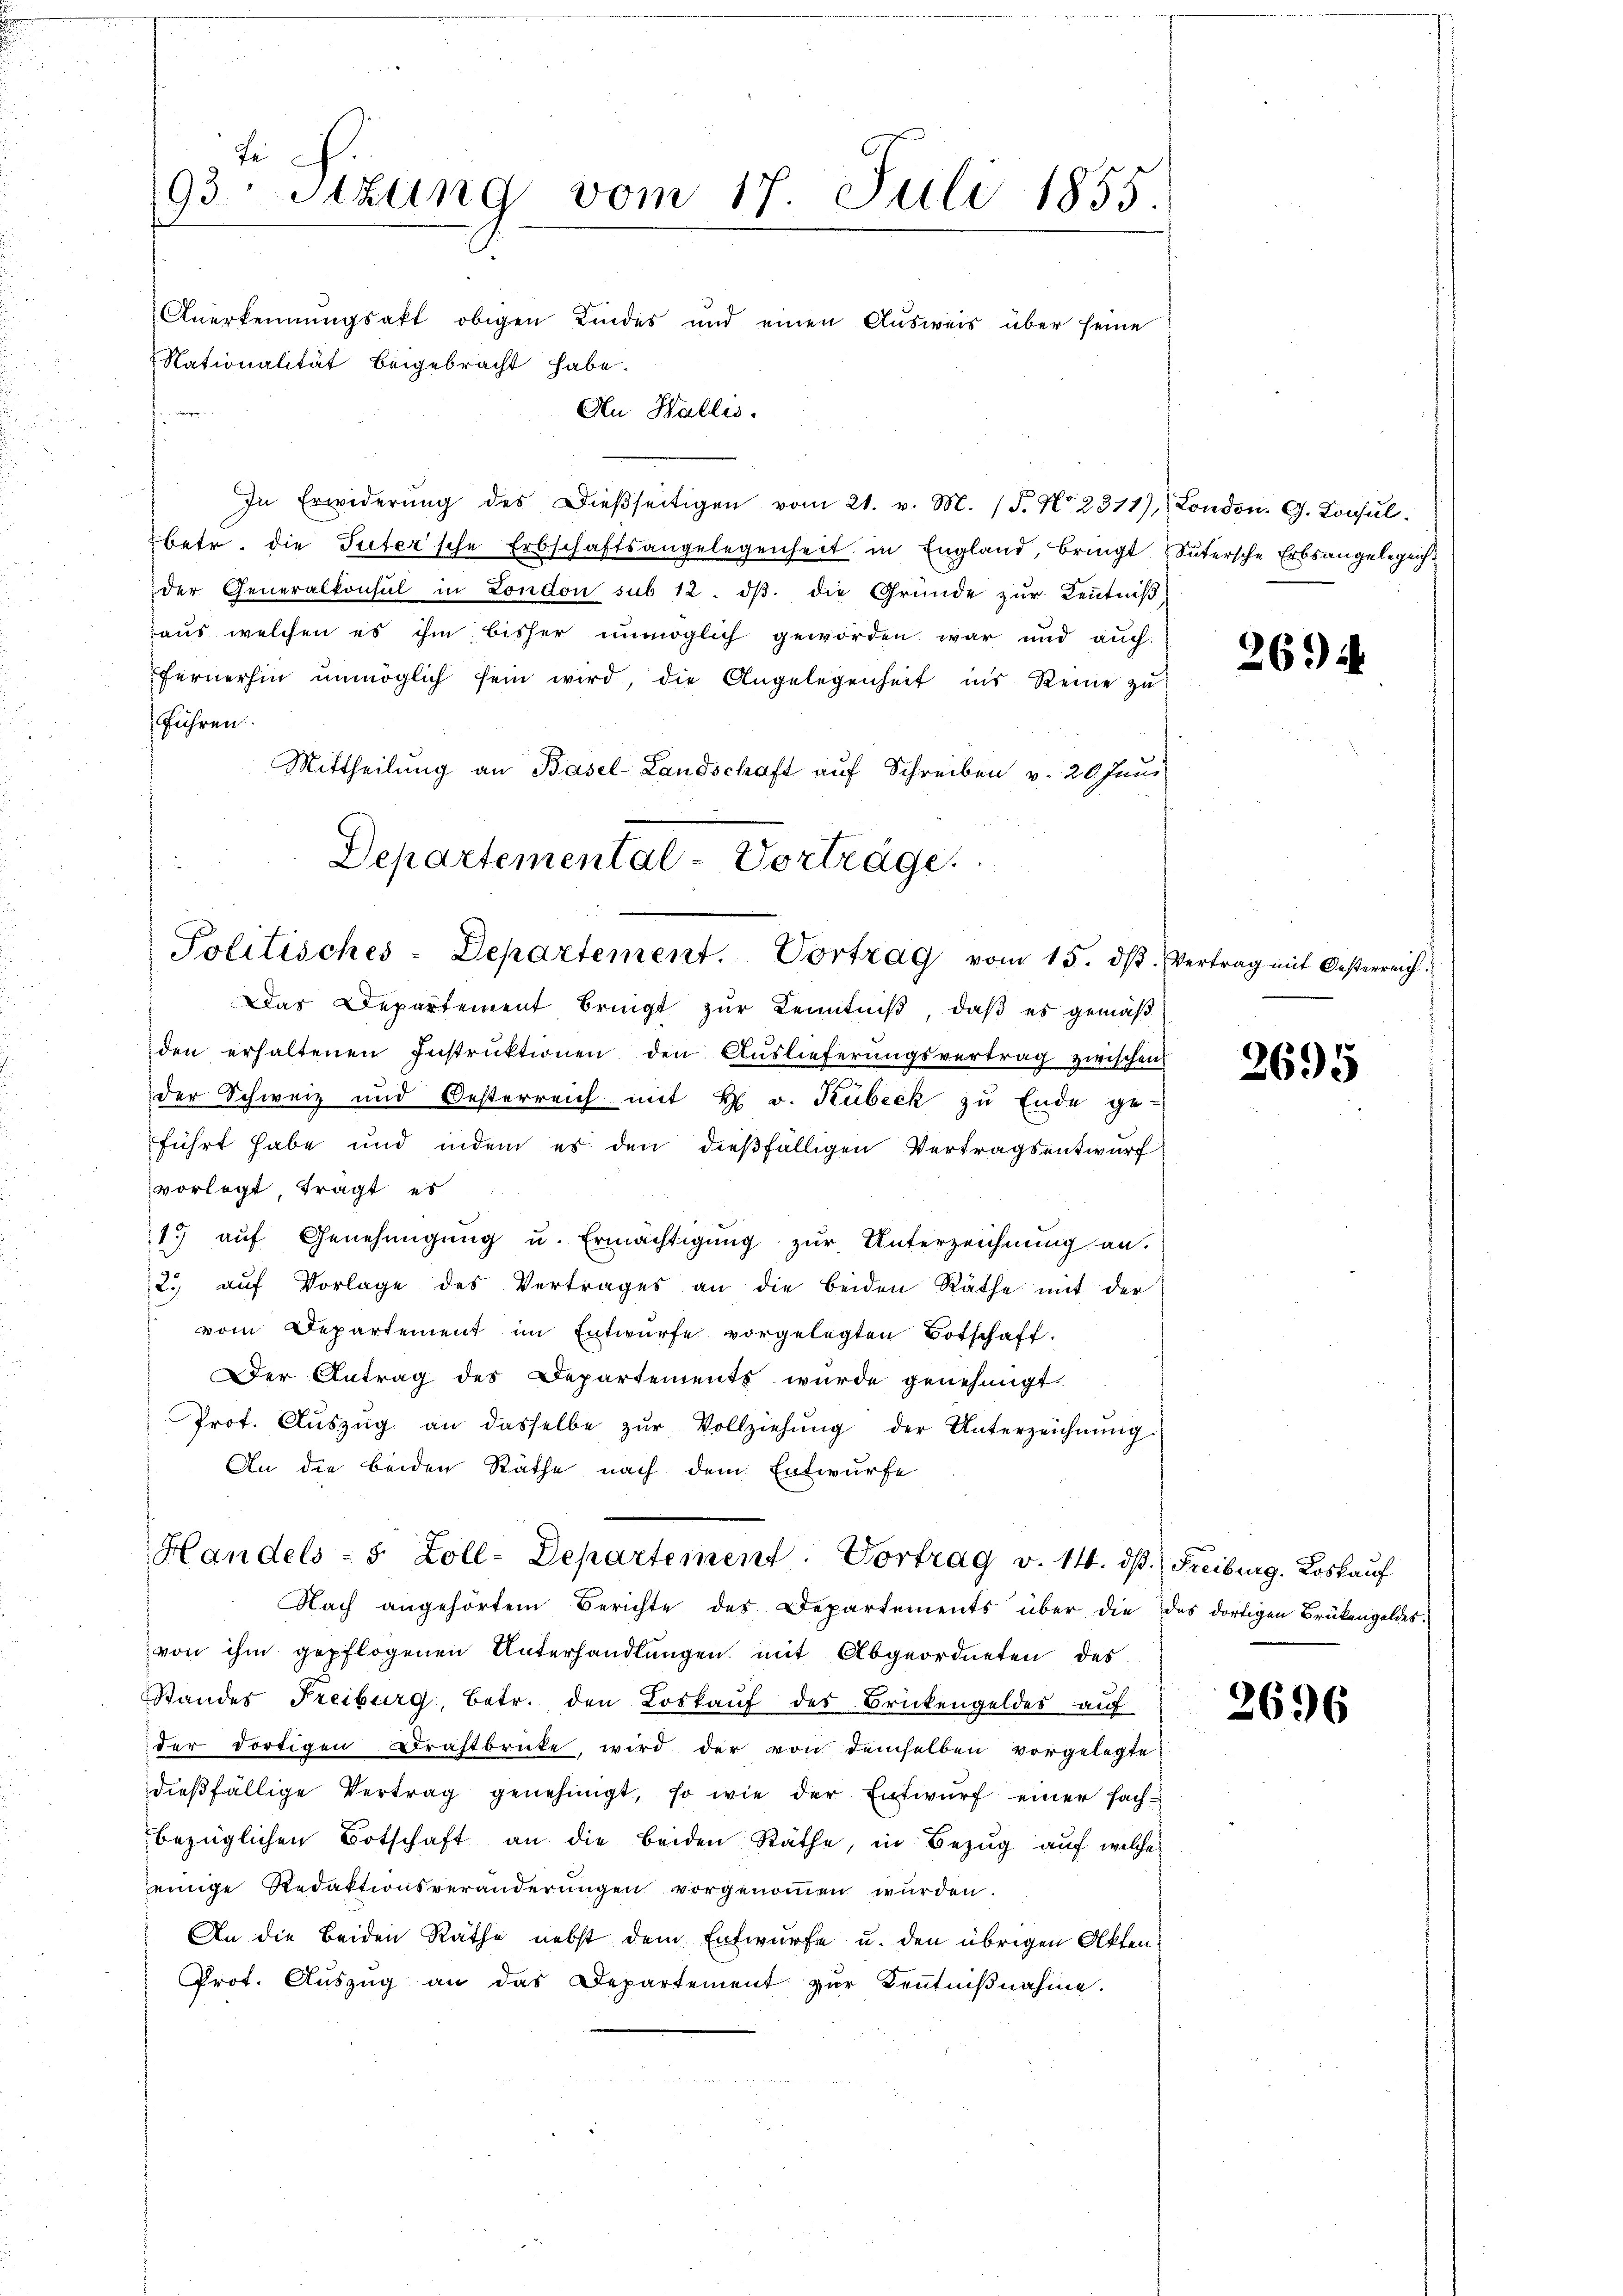
Fe
93Stzung vom 17. Juli 1855.
Anerkennungsakt obigen Kindes und einen Ausweis über seine
Nationalität beigebracht habe.
i
An Wallis.

In Erwiderŭng des Dießseitigen vom 21. v. M. (T. No 2311), London. G. Konsulbetr. die Suter'sche Erbschaftsangelegenheit in England, bringt Sutersche Erbsangelegenh
der Generalkonsul in London sub 12. dβ. die Gründe zur Kenntniß,
aus welchen es ihm bisher unmöglich geworden war und auch
fernerhin unmöglich sein wird, die Angelegenheit ins Reine zŭ
führen.
Mittheilung an Basel-Landschaft auf Schreiben v. 20 Juni
Departemental-Vorträge.

Politisches-Departement. Vortrag vom 15. dβ. Vertrag mit Oesterreich.

Das Departement bringt zur Kenntniß, daß es gemäß
den erhaltenen Instrŭktionen den Aŭslieferŭngsvertrag zwischen
der Schweiz und Oesterreich mit H. v. Kübeck zu Ende ge-
führt habe und indem es den dießfälligen Vertragsentwurf
vorlegt, tragt, es
1. aŭf Genehmigŭng u. Ermächtigŭng zŭr Unterzeichnung an.
2. aŭf Vorlage des Vertrages an die beiden Räthe mit der
vom Departement im Entwürfe vorgelegten Botschaft.
Der Antrag des Departements wurde genehmigt.
Prot. Aŭszŭg an dasselbe zŭr Vollziehŭng der Unterzeichnŭng.
An die beiden Räthe nach dem Entwurfe

Handels - 5 Zoll-Departement. Vortrag v. 14. dß. (Freiburg. Loskauf

Nach angehörtem Berichte des Departements über die das dortigen Brükengeldes.
von ihm gepflogenen Unterhandlŭngen mit Abgeordneten des
Standes Freiburg, betr. den Loskaŭf des Brückengeldes aŭf
der dortigen Drahtbrücke, wird der von demselben vorgelegte
dieβfällige Vertrag genehmigt, so wie der Entwŭrf einer sach-
bezüglichen Botschaft an die beiden Räthe, in Bezŭg aŭf welche
einige Redaktionsveränderungen vorgenommen wurden.
An die beiden Räthe nebst dem Entwurfe u. den übrigen Akten¬
Prot. Aŭszŭg an das Departement zur Kenntniβnahme.

2694

2695

2696